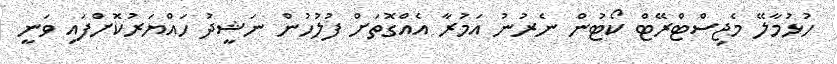
ހުޅުމާލޭ މެޖިސްޓްރޭޓް ކޯޓުން ނެރުނު އަމުރާ އެއްގޮތަށް ފުލުހުން ނަޝީދުު ހައްޔަރުކޮށްފައި ވަނީ